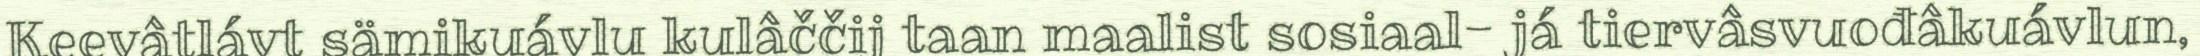
Keevâtlávt sämikuávlu kulâččij taan maalist sosiaal- já tiervâsvuođâkuávlun,